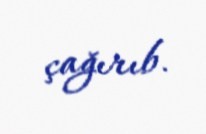
çağırıb.